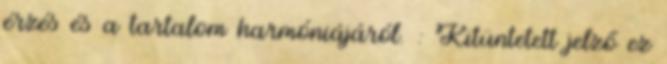
érzés és a tartalom harmóniájáról. : Kitüntetett jelző ez